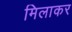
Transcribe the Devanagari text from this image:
मिलाकर